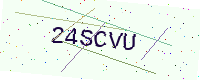
Text: 24SCVU